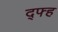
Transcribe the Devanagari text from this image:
द्फ्ह